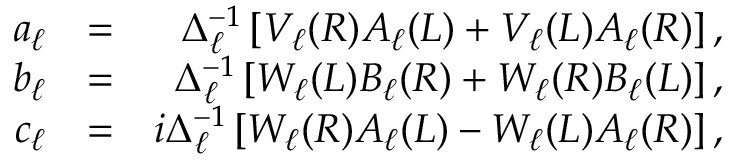
\begin{array} { r l r } { a _ { \ell } } & { = } & { \Delta _ { \ell } ^ { - 1 } \left[ V _ { \ell } ( R ) A _ { \ell } ( L ) + V _ { \ell } ( L ) A _ { \ell } ( R ) \right] , } \\ { b _ { \ell } } & { = } & { \Delta _ { \ell } ^ { - 1 } \left[ W _ { \ell } ( L ) B _ { \ell } ( R ) + W _ { \ell } ( R ) B _ { \ell } ( L ) \right] , } \\ { c _ { \ell } } & { = } & { i \Delta _ { \ell } ^ { - 1 } \left[ W _ { \ell } ( R ) A _ { \ell } ( L ) - W _ { \ell } ( L ) A _ { \ell } ( R ) \right] , } \end{array}